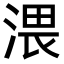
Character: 渨